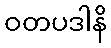
ဝတပဒါနိ